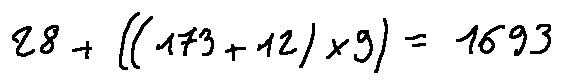
2 8 + ( ( 1 7 3 + 1 2 ) \times 9 ) = 1 6 9 3